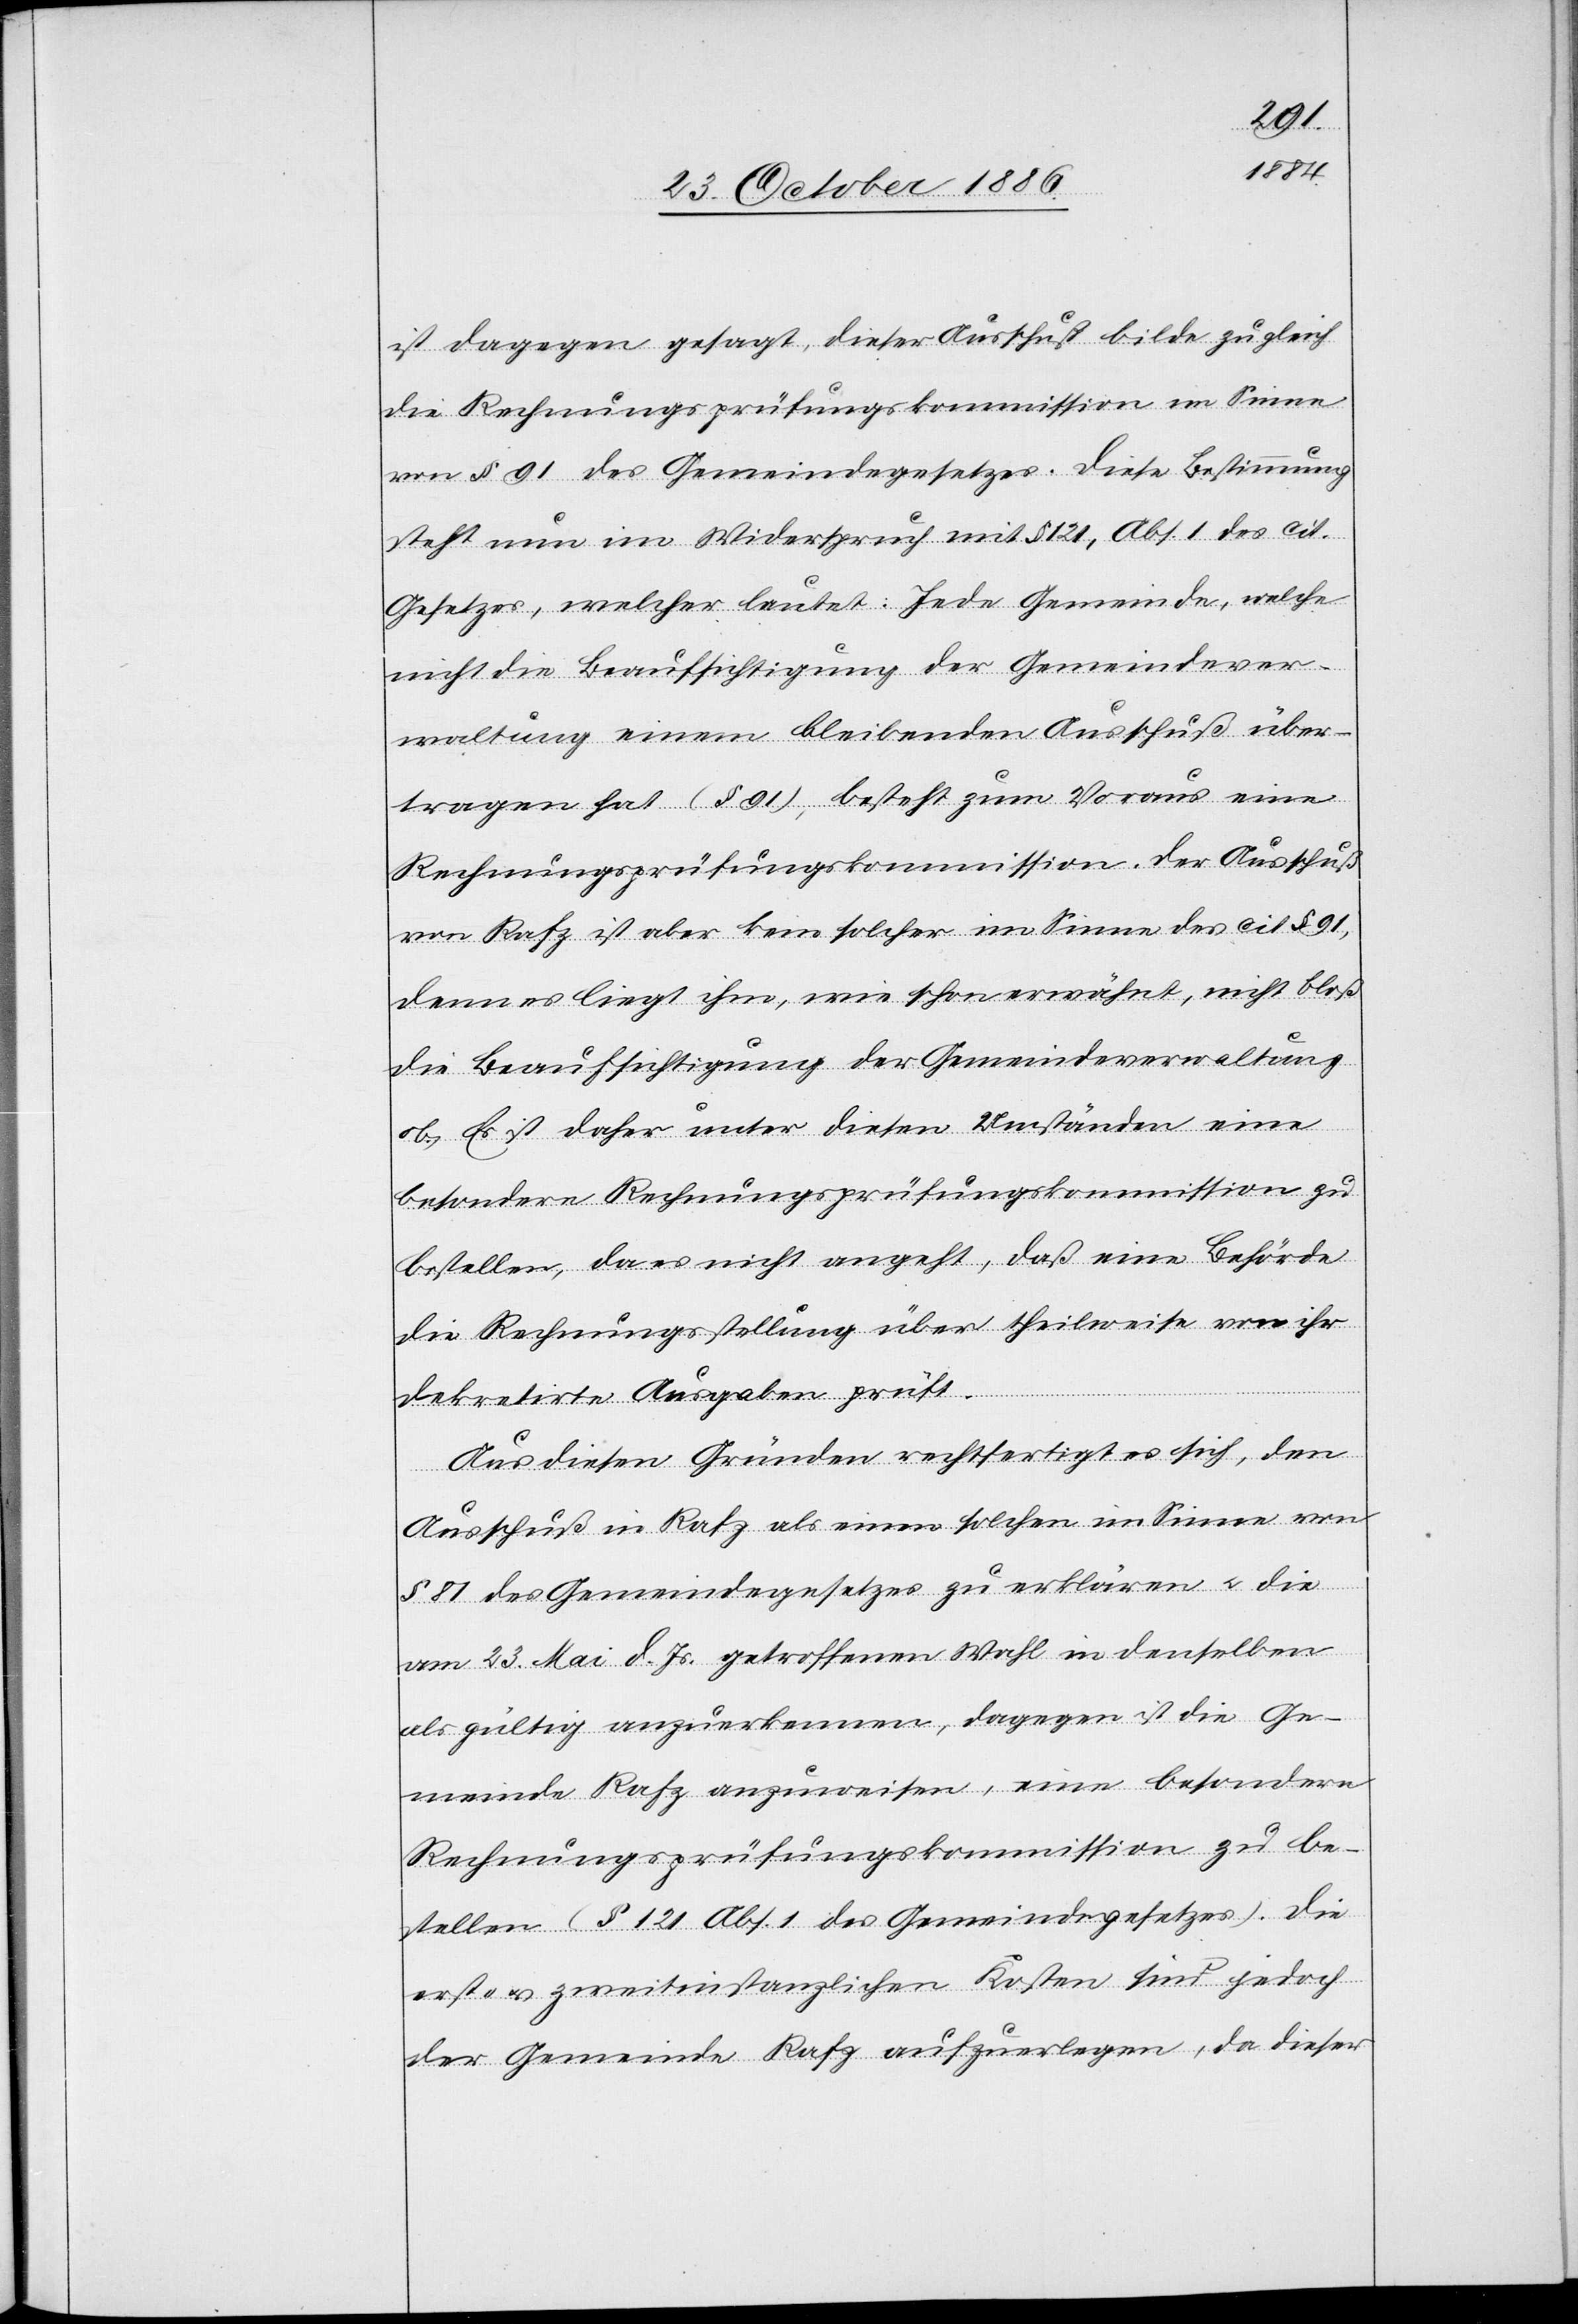
ist dagegen gesagt, dieser Ausschuß bilde zu gleich
die Rechnungsprüfungskommission im Sinne
von § 91 des Gemeindegesetzes. Diese Bestimmung
steht nun im Widerspruch mit § 121, Abs. 1 des cit.
Gesetzes, welcher lautet: Jede Gemeinde, welche
nicht die Beaufsichtigung der Gemeindever¬
waltung einem bleibenden Ausschuß über¬
tragen hat (§ 91), besteht zum Voraus eine
Rechnungsprüfungskommission [sic!]. Der Ausschuß
von Rafz ist aber kein solcher im Sinne des cit. § 91,
denn es liegt ihm, wie schon erwähnt, nicht bloß
die Beaufsichtigung der Gemeindeverwaltung
ob. Es ist daher unter diesen Umständen eine
besondere Rechnungsprüfungskommission zu
bestellen, da es nicht angeht, daß eine Behörde
die Rechnungsstellung über theilweise von ihr
dekretirte Ausgaben prüft.
Aus diesen Gründen rechtfertigt es sich, den
Ausschuß in Rafz als einen solchen im Sinne von
§ 81 des Gemeindegesetzes zu erklären & die
am 23. Mai d. Js. getroffenen Wahl in denselben
als gültig anzuerkennen, dagegen ist die Ge¬
meinde Rafz anzuweisen, eine besondere
Rechnungsprüfungskommission zu be¬
stellen (§ 121 Abs. 1 des Gemeindegesetzes). Die
erst- & zweitinstanzlichen Kosten sind jedoch
der Gemeinde Rafz aufzuerlegen, da dieser